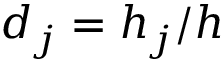
d _ { j } = h _ { j } / h